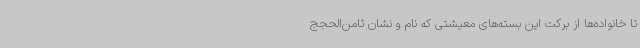
تا خانواده‌ها از برکت این بسته‌های معیشتی که نام و نشان ثامن‌الحجج